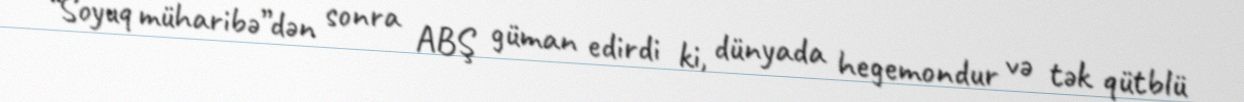
“Soyuq müharibə”dən sonra ABŞ güman edirdi ki, dünyada hegemondur və tək qütblü